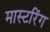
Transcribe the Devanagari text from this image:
मास्‍टरिंग